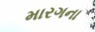
મારગના